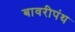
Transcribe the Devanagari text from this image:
बावरीपंथ